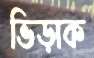
ভিড়াক